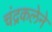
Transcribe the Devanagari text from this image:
चंद्रकलेने